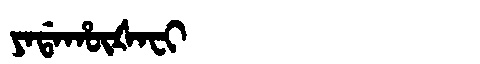
Manchu: ᠶᠠᡩᠠᡥᡡᡧᠠᠸᡳ
Romanization: YADAHŪŠAFI